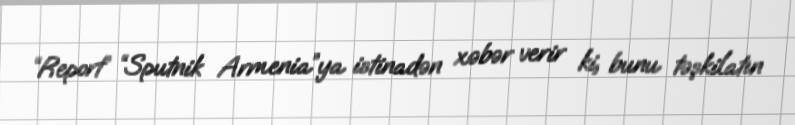
“Report” “Sputnik Armenia”ya istinadən xəbər verir ki, bunu təşkilatın